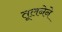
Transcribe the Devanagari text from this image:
तूलनेने